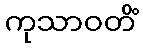
ကုသာဝတိံ